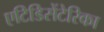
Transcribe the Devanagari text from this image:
एटिडिसेंटेरिका